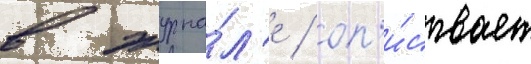
в журна́л'е / оп'и́сывает